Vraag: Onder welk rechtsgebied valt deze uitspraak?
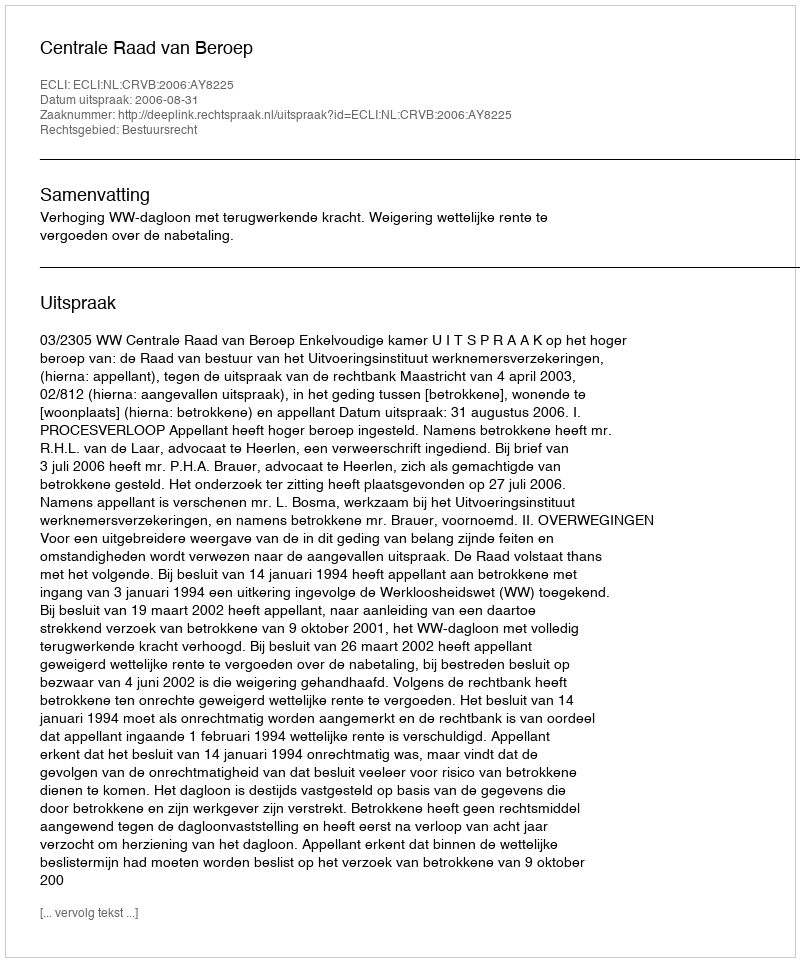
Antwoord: Bestuursrecht